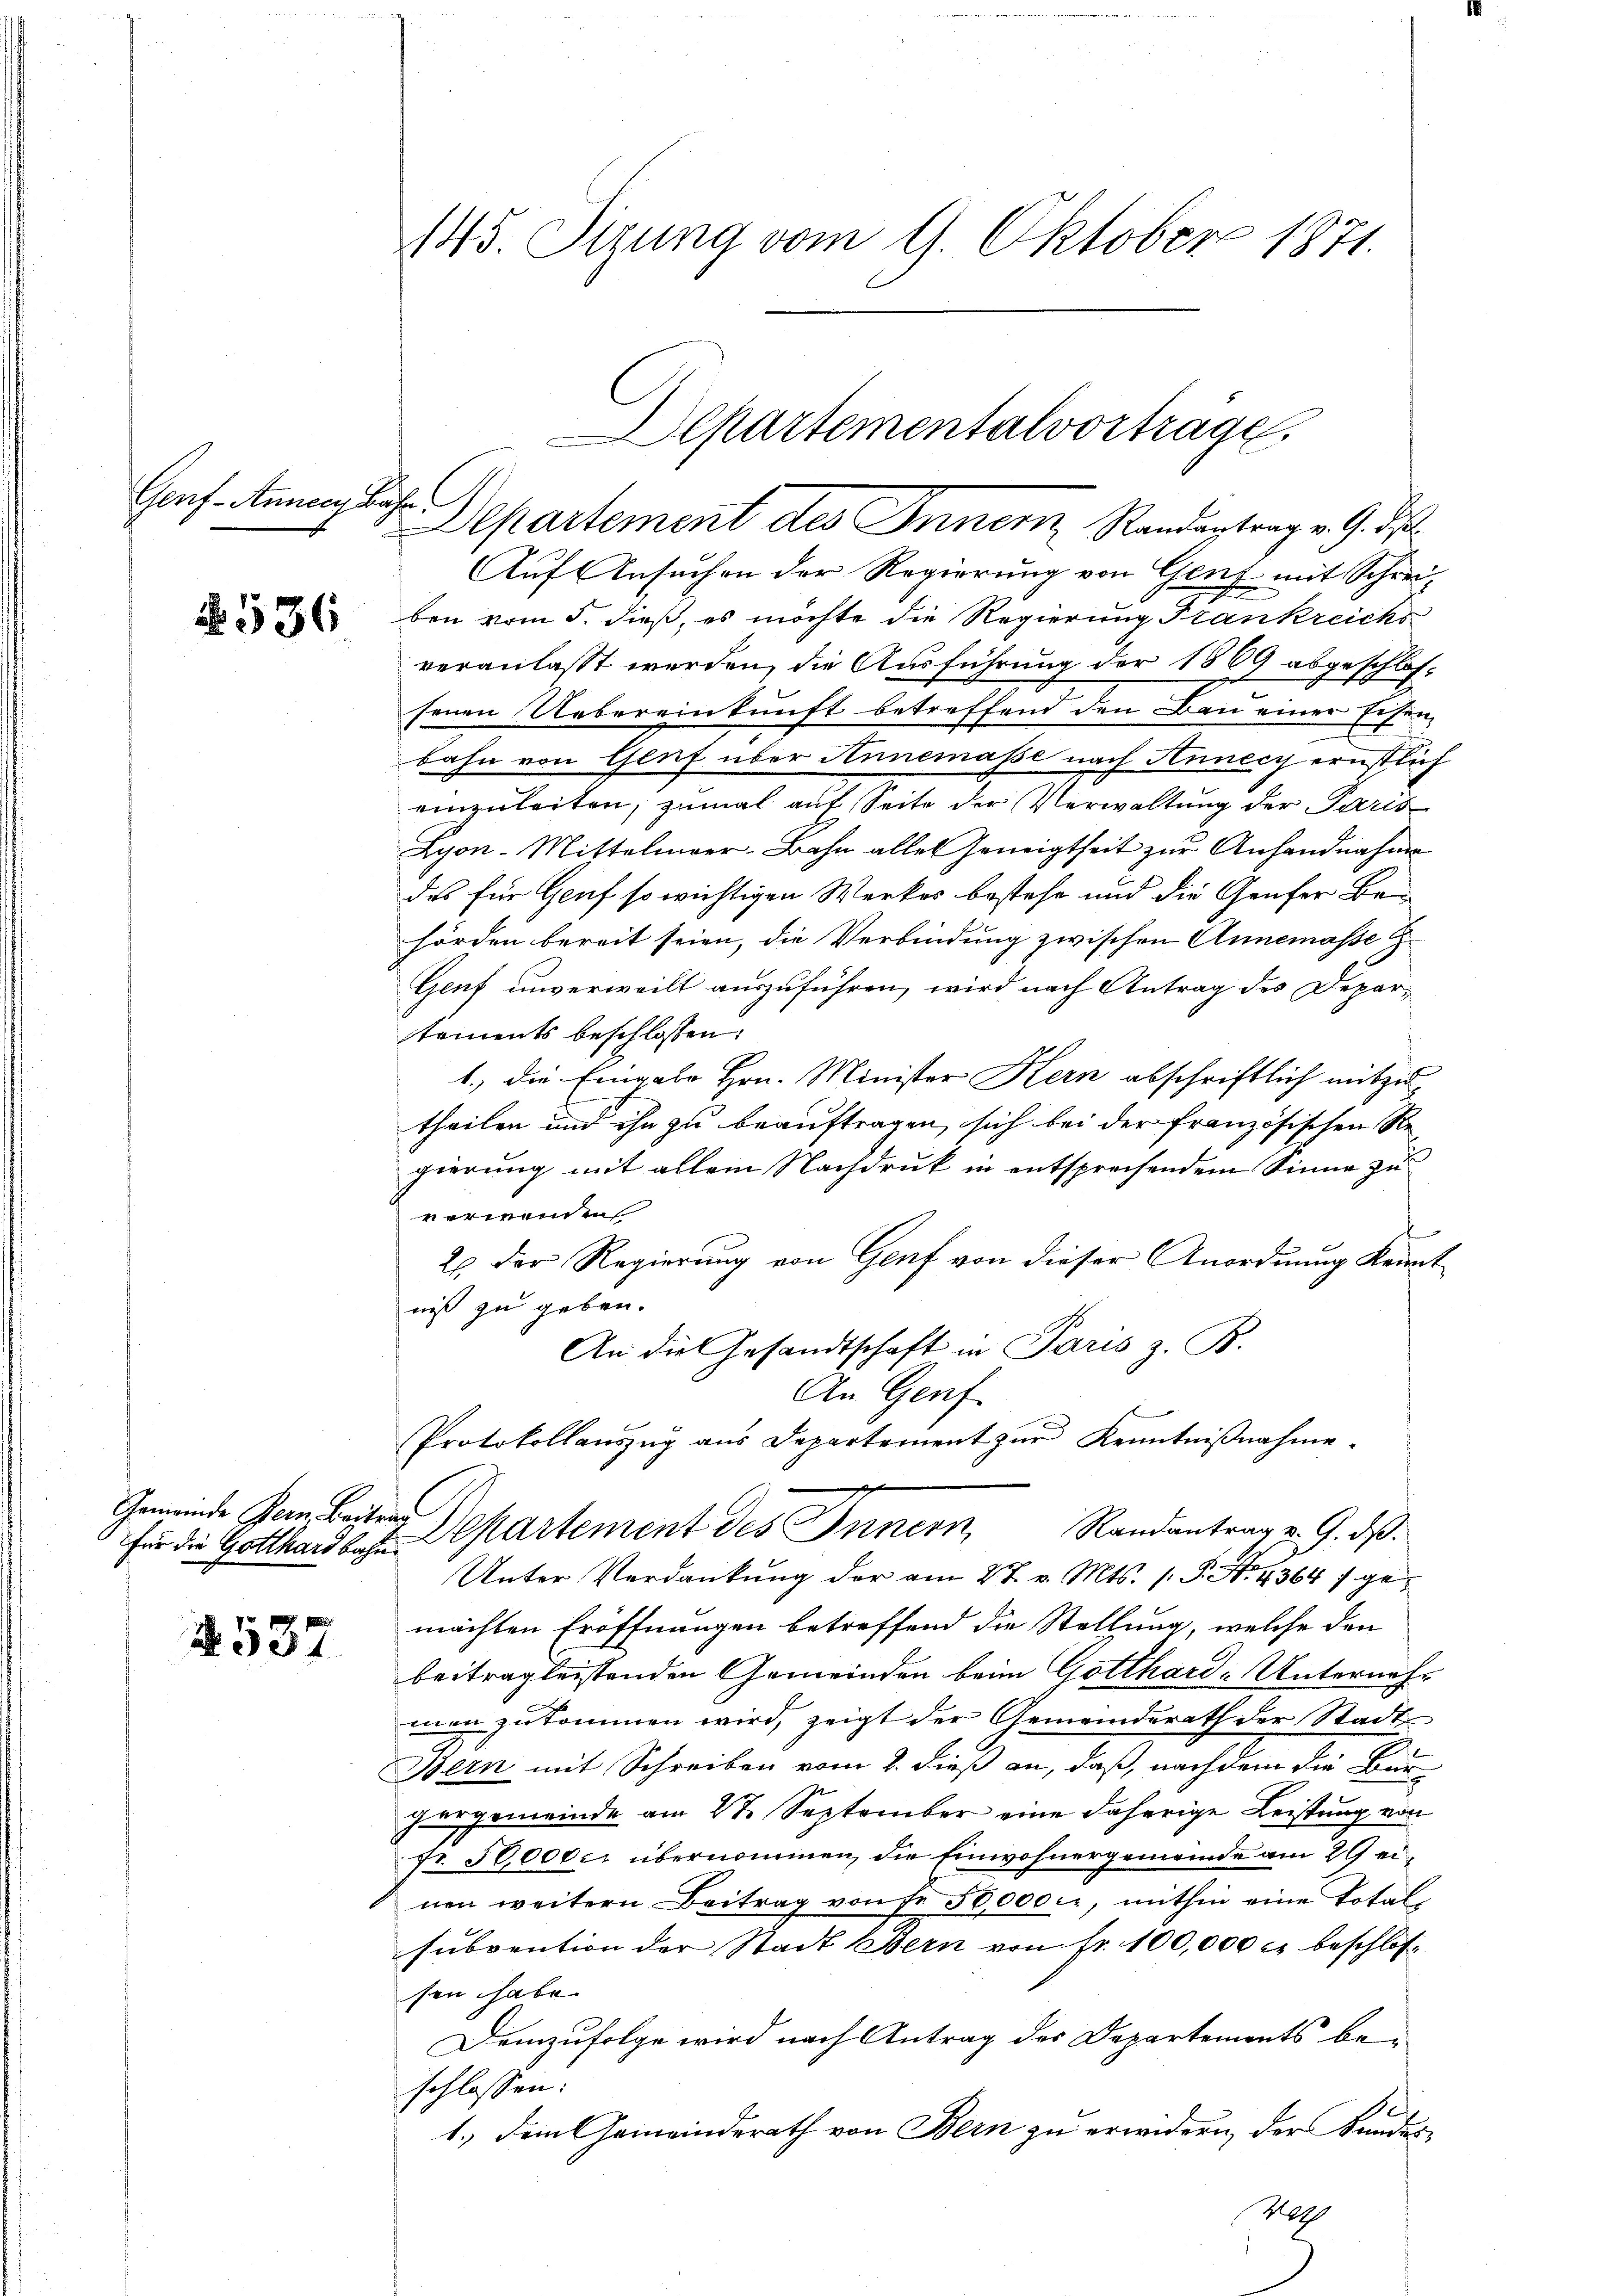
Genf - Annecy Bahn

No. 536

für die Gotthardbahn.

537

Auf Ansuchen der Regierung von Genf mit Schreiz
ben vom 5. dieß, es möchte die Regierung Frankreichs
veranlasst werden, die Ausführung der 1869 abgeschlos-
senen Uebereinkunft betreffend den Bau einer Eisen,
bahn von Genf über Annemasse nach Annecy ernstlich
einzuleiten, zumal auf Seite der Verwaltung der Paris
Lyon-Mittelmeer-Bahn alles Geneigtheit zur Anhandnahme
des für Genf so wichtigen Werkes bestehe und die Genfer Behörden bereit seien, die Verbindung zwischen Annemasse z.
Genf unverweilt auszuführen, wird nach Antrag des Departements beschlossen:
1., die Eingabe Hrn. Minister Kern abschriftlich mitzu-
theilen und ihn zu beauftragen, sich bei der französischen Re
gierung mit allem Nachdruk in entsprechendem Sinne zu
verwenden
2. Der Regierung von Genf von dieser Anordnung Kennt
niß zu geben.
An die Gesandtschaft in Paris z. B.
An Genf
Protokollauszug aus Departement zur Kenntnißnahme.
x
Gemeinde Ger. Beiten Departement des Innern Randantrag u. 9. dβ.
Unter Verdankung der am 27. v. Mts. (: P. Nr. 4364 f. gemachten Eröffnungen betreffend die Stellung, welche den
beitrag leistenden Gemeinden beim Gotthard Unternehmen zukommen wird, zeigt der Gemeinderath der Stadt
Bern mit Schreiben vom 2. dieß an, daß, nachdem die Bur-
hergemeinde am 21. September eine daherige Leistung von
Fr. 50,000 r übernommen, die Einwohnergemeinde am 29 einen weitern Beitrag von fr 50,000 fr, mithin eine Total
subvention der Stadt Bern von fr. 100,000 c. beschlossen habe.
Demzufolge wird nach Antrag des Departements beschlossen:
1.) Dem Gemeinderath von Bern zu erwidern, der Sandese

145. Sizung vom 9. Oktober 1871.

Departementalvorträge
Departement des Innern Randantrag v. 9. ds.